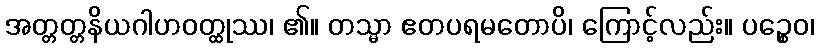
အတ္တတ္တနိယဂါဟဝတ္ထုဿ၊ ၏။ တသ္မာ ဧတပရမတောပိ၊ ကြောင့်လည်း။ ပဉ္စေဝ၊